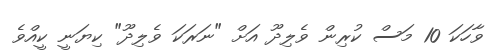
ވާހަކަ 10 މަސް ކުރިން ވެލިދޫ އަށް "ނަރަކަ ވެލިދޫ" ކިޔަނީ ކީއްވެ